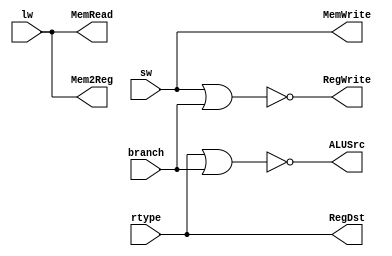
module yC2(RegDst, ALUSrc, RegWrite, Mem2Reg, MemRead, MemWrite, rtype, lw, sw,branch);
output RegDst, ALUSrc, RegWrite, Mem2Reg, MemRead, MemWrite;
input rtype, lw, sw, branch;
assign RegDst = rtype;				
nor (ALUSrc, rtype, branch);			
nor (RegWrite, sw, branch);			
assign Mem2Reg = lw;
assign MemRead = lw;
assign MemWrite = sw;
endmodule